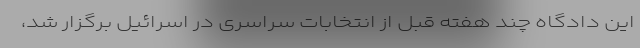
این دادگاه چند هفته قبل از انتخابات سراسری در اسرائیل برگزار شد،